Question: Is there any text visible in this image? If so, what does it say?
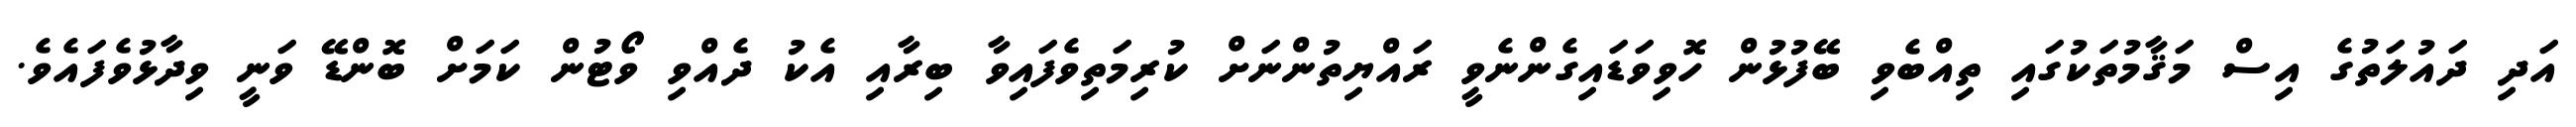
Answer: އަދި ދައުލަތުގެ އިސް މަޤާމުތަކުގައި ތިއްބެވި ބޭފުޅުން ހޮވިވަޑައިގެންނެވީ ރައްޔިތުންނަށް ކުރިމަތިވެފައިވާ ބިރާއި އެކު ދެއްވި ވޯޓުން ކަމަށް ބޮންޑޭ ވަނީ ވިދާޅުވެފައެވެ.